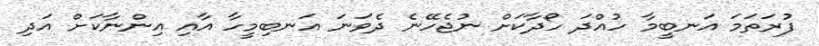
ފުރަތަަމަ އަނބީމާ ހުއްދަ ހޯދާކަށް ނުޖެހޭނެ ދެވަނަ އަނބިމީހާ އާއި އިންނާކަށް އަދި